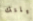
ليلتك